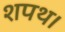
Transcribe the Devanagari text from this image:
शपथ।